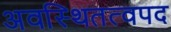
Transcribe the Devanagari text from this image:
अवस्थितत्वपद